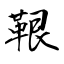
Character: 鞎